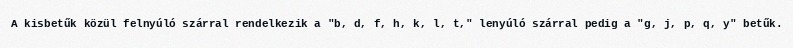
A kisbetűk közül felnyúló szárral rendelkezik a "b, d, f, h, k, l, t," lenyúló szárral pedig a "g, j, p, q, y" betűk.